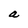
Character: a